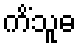
ကိံသူဓ